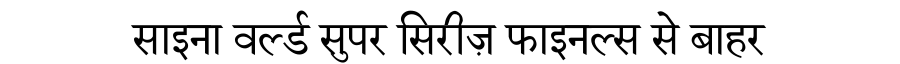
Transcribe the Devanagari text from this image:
साइना वर्ल्ड सुपर सिरीज़ फाइनल्स से बाहर